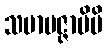
သမာပဇ္ဇာမိပိ